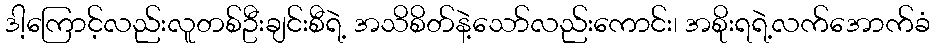
ဒါ့ကြောင့်လည်းလူတစ်ဦးချင်းစီရဲ့ အသိစိတ်နဲ့သော်လည်းကောင်း၊ အစိုးရရဲ့လက်အောက်ခံ